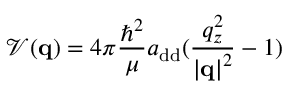
\mathcal { V } ( \mathbf { q } ) = 4 \pi \frac { \hbar ^ { 2 } } { \mu } a _ { \mathrm { { d d } } } ( \frac { q _ { z } ^ { 2 } } { \left| \mathbf { q } \right| ^ { 2 } } - 1 )